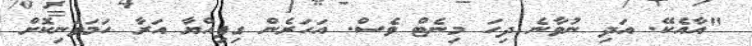
"އާއެކޭ. އަދި ނުވާނެ ދިހަ މިނެޓް ވެސް. އަހަރެން ގިފިއްޔާ އަރާ ހަމަވަނިކޮށް